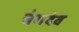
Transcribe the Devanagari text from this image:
चंगदेव